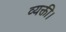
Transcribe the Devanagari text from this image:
व्यक्ती।